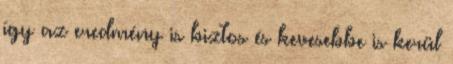
így az eredmény is biztos és kevesebbe is kerül